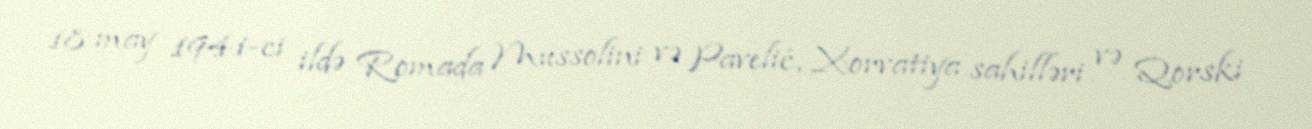
18 may 1941-ci ildə Romada Mussolini və Pavelić, Xorvatiya sahilləri və Qorski